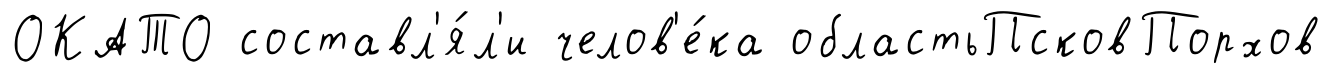
ОКАТО составл'я́л'и челов'е́ка областьПсковПорхов